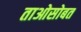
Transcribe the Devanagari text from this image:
ताओसोबत